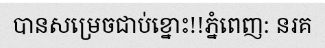
បានសម្រេចជាប់ខ្នោះ!!ភ្នំពេញ: នរគ